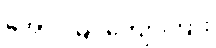
အောင်မြင်ကျော်ကြား